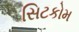
સિટકોમ